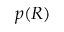
p ( R )